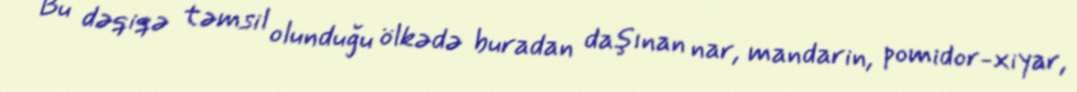
Bu dəqiqə təmsil olunduğu ölkədə buradan daşınan nar, mandarin, pomidor-xiyar,